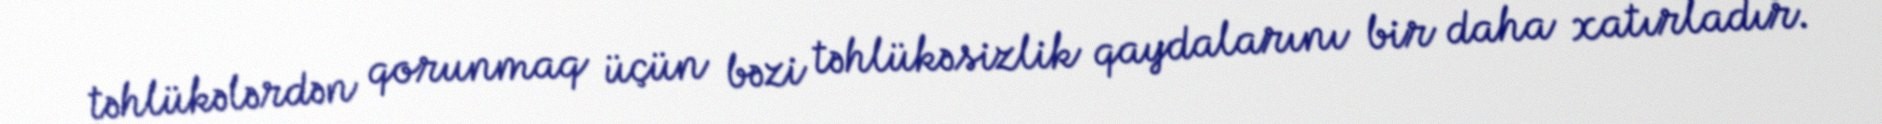
təhlükələrdən qorunmaq üçün bəzi təhlükəsizlik qaydalarını bir daha xatırladır.